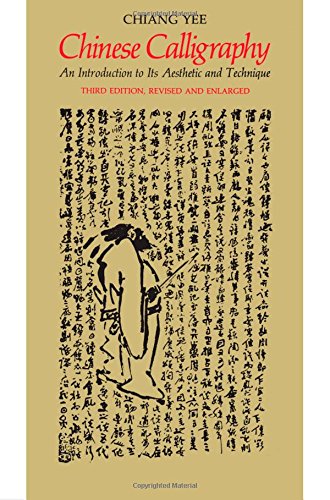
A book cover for Chinese Calligraphy: An Introduction to Its Aesthetic and Technique; Chiang Yee; Arts & Photography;